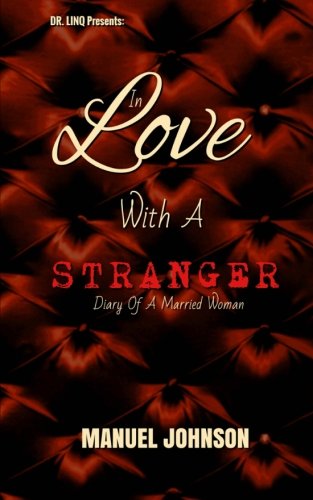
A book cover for In Love With A Stranger: Diary Of A Married Woman; Manuel Johnson; Romance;